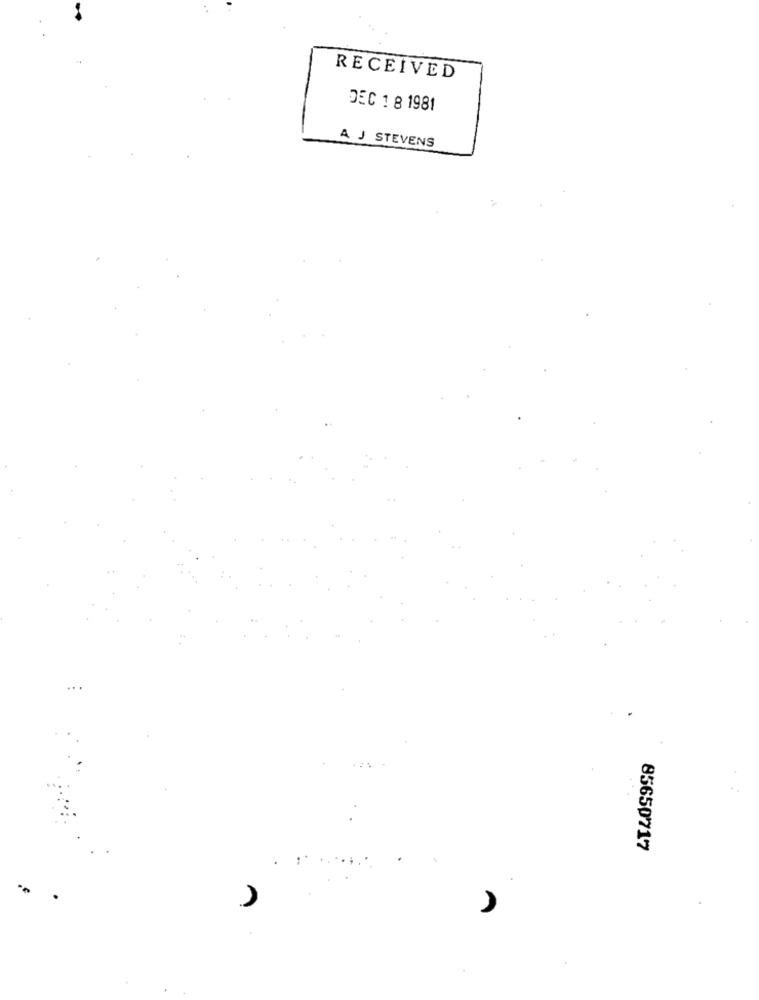
RECEIVED
DEC 1 8 1981
A J STEVENS
85650717